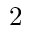
\small 2